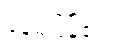
နေမိပြန်၏။